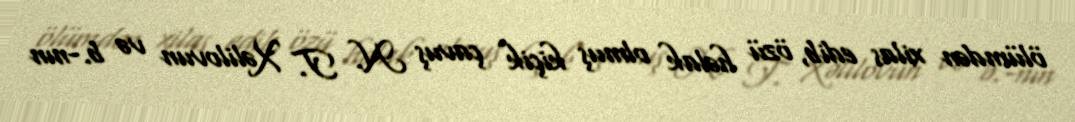
ölümdən xilas edib, özü həlak olmuş kiçik çavuş N. T. Xəlilovun və b.-nın